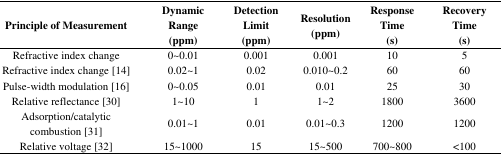
<table><thead><tr><td><b>Principle of Measurement</b></td><td><b>Dynamic Range (ppm)</b></td><td><b>Detection Limit (ppm)</b></td><td><b>Resolution (ppm)</b></td><td><b>Response Time (s)</b></td><td><b>Recovery Time (s)</b></td></tr></thead><tbody><tr><td>Refractive index change</td><td>0∼0.01</td><td>0.001</td><td>0.001</td><td>10</td><td>5</td></tr><tr><td>Refractive index change [14]</td><td>0.02∼1</td><td>0.02</td><td>0.010∼0.2</td><td>60</td><td>60</td></tr><tr><td>Pulse-width modulation [16]</td><td>0∼0.05</td><td>0.01</td><td>0.01</td><td>25</td><td>30</td></tr><tr><td>Relative reflectance [30]</td><td>1∼10</td><td>1</td><td>1∼2</td><td>1800</td><td>3600</td></tr><tr><td>Adsorption/catalytic combustion [31]</td><td>0.01∼1</td><td>0.01</td><td>0.01∼0.3</td><td>1200</td><td>1200</td></tr><tr><td>Relative voltage [32]</td><td>15∼1000</td><td>15</td><td>15∼500</td><td>700∼800</td><td>&lt;100</td></tr></tbody></table>